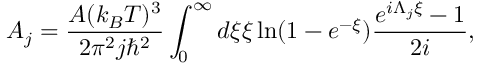
A _ { j } = \frac { A ( k _ { B } T ) ^ { 3 } } { 2 \pi ^ { 2 } j \hbar ^ { 2 } } \int _ { 0 } ^ { \infty } d \xi \xi \ln ( 1 - e ^ { - \xi } ) \frac { e ^ { i \Lambda _ { j } \xi } - 1 } { 2 i } ,